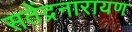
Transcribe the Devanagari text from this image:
सतेंद्रनारायण